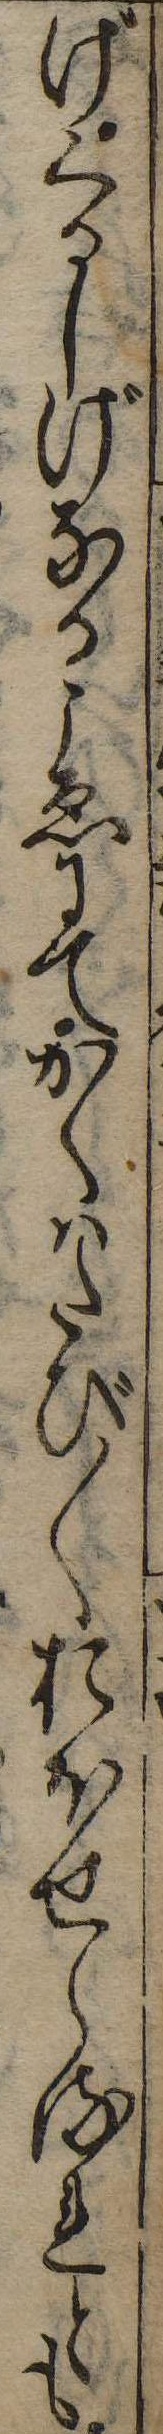
げくるしげなるこゑにてかくはたび〱おほせらるれとも